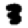
Digit: 3